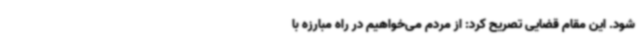
شود. این مقام قضایی تصریح کرد: از مردم می‌خواهیم در راه مبارزه با